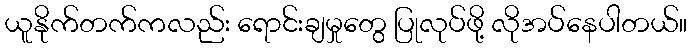
ယူနိုက်တက်ကလည်း ရောင်းချမှုတွေ ပြုလုပ်ဖို့ လိုအပ်နေပါတယ်။